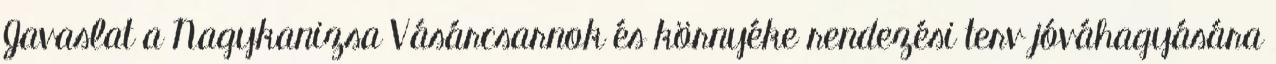
Javaslat a Nagykanizsa Vásárcsarnok és környéke rendezési terv jóváhagyására